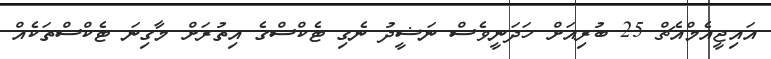
އައިޖީއެމްއެޗް 25 ބުރިއަށް ހަދަނީވެސް ނަޝީދު ނެގި ޓެކްސްގެ އިތުރަށް މާގިނަ ޓެކްސްތަކެއް